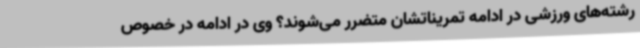
رشته‌های ورزشی در ادامه تمریناتشان متضرر می‌شوند؟ وی در ادامه در خصوص